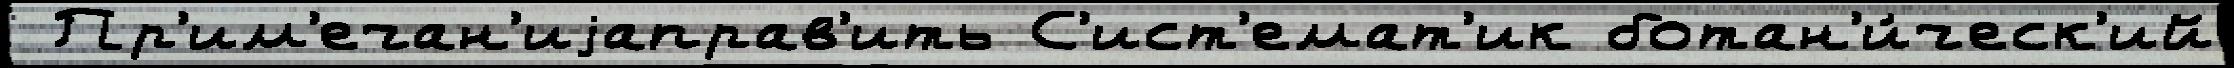
 Пр'им'ечан'иjаправ'ить С'ист'емат'ик ботан'и́ческ'ий